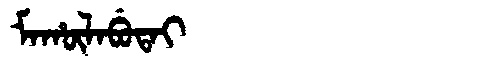
Manchu: ᠮᠠᡥᡡᠯᠠᠪᡠᡨᠠᡳ
Romanization: MAHŪLABUTAI